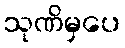
သုဏိမှပေ